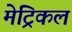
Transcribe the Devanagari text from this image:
मेट्रिकल